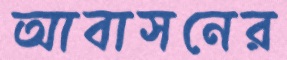
আবাসনের